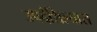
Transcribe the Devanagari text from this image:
उपदेशिल्यास